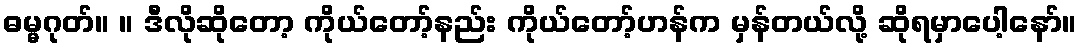
ဓမ္မဂုတ်။ ။ ဒီလိုဆိုတော့ ကိုယ်တော့်နည်း ကိုယ်တော့်ဟန်က မှန်တယ်လို့ ဆိုရမှာပေါ့နော်။